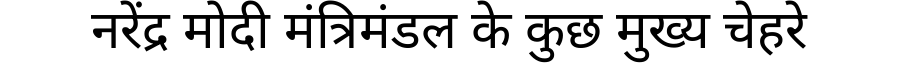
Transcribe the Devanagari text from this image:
नरेंद्र मोदी मंत्रिमंडल के कुछ मुख्य चेहरे